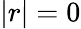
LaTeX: |r|=0